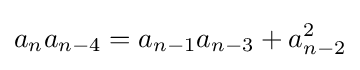
a_{n}a_{n-4}=a_{n-1}a_{n-3}+a_{n-2}^{2}